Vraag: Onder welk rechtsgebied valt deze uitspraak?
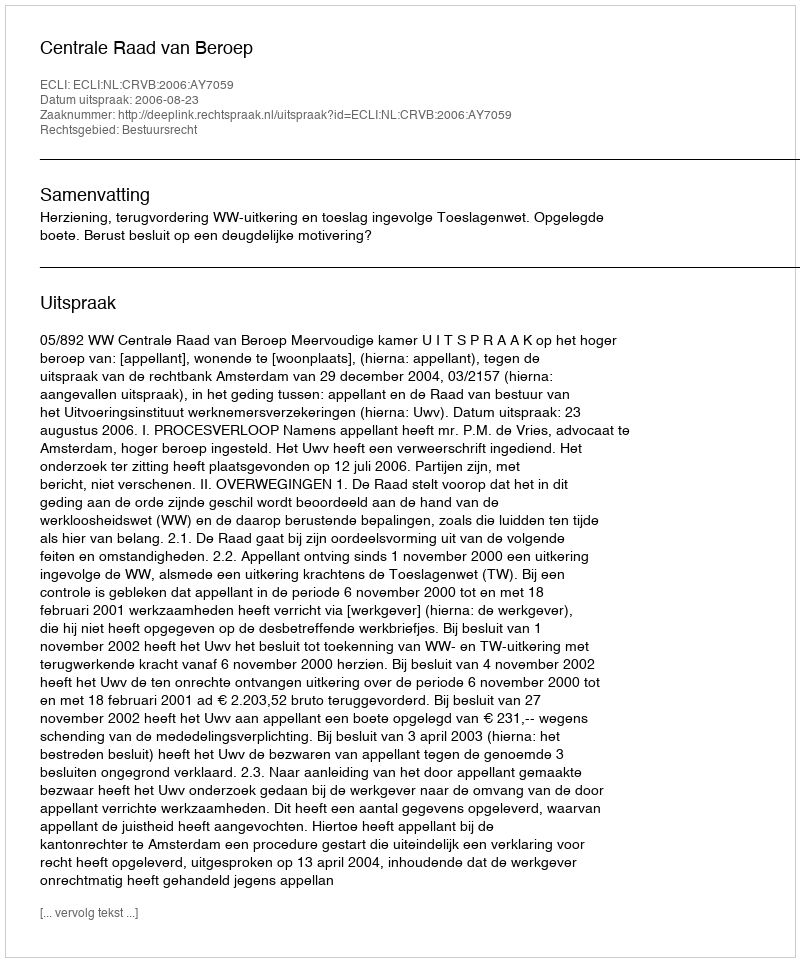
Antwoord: Bestuursrecht